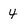
Character: 4